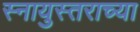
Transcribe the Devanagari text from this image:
स्नायुस्तराच्या